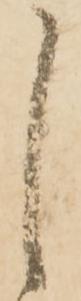
し